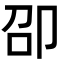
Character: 卲